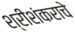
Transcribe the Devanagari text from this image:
श्रीशंकराचे